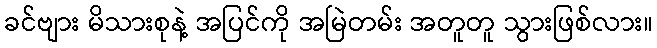
ခင်ဗျား မိသားစုနဲ့ အပြင်ကို အမြဲတမ်း အတူတူ သွားဖြစ်လား။